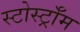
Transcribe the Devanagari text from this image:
स्टोर्स्ट्रॉम